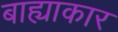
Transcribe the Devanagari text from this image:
बाह्याकार